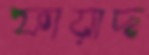
ফায়াদ